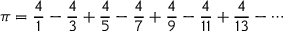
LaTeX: \pi = { \frac { 4 } { 1 } } - { \frac { 4 } { 3 } } + { \frac { 4 } { 5 } } - { \frac { 4 } { 7 } } + { \frac { 4 } { 9 } } - { \frac { 4 } { 1 1 } } + { \frac { 4 } { 1 3 } } - \cdots